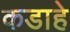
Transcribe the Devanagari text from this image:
कडाहे